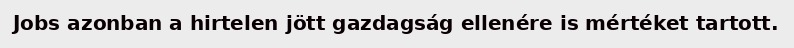
Jobs azonban a hirtelen jött gazdagság ellenére is mértéket tartott.